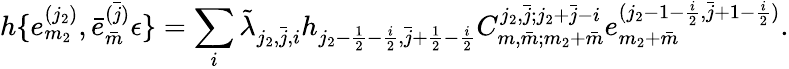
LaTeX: h\{ e_{m_{2}}^{(j_{2})},\bar{e}_{\bar{m}}^{\bar{(j)}}\epsilon\} =\sum_{i}\tilde{\lambda}_{j_{2},\bar{j},i}h_{j_{2}-\frac{1}{2}-\frac{i}{2},\bar{j}+\frac{1}{2}-\frac{i}{2}}C_{m,\bar{m};m_{2}+\bar{m}}^{j_{2},\bar{j};j_{2}+\bar{j}-i}e_{m_{2}+\bar{m}}^{(j_{2}-1-\frac{i}{2},\bar{j}+1-\frac{i}{2})}.